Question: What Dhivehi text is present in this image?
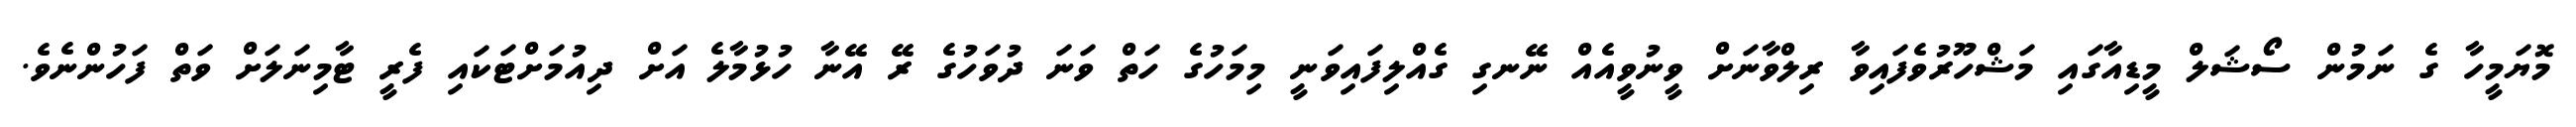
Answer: މޮޔަމީހާ ގެ ނަމުން ސޯޝަލް މީޑިއާގައި މަޝްހޫރުވެފައިވާ ރިލްވާނަށް ވީނުވީއެއް ނޭނގި ގެއްލިފައިވަނީ މިމަހުގެ ހަތް ވަނަ ދުވަހުގެ ރޭ އޭނާ ހުޅުމާލެ އަށް ދިއުމަށްޓަކައި ފެރީ ޓާމިނަލަށް ވަތް ފަހުންނެވެ.